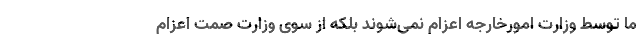
ما توسط وزارت امورخارجه اعزام نمی‌شوند بلکه از سوی وزارت صمت اعزام